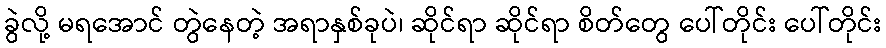
ခွဲလို့ မရအောင် တွဲနေတဲ့ အရာနှစ်ခုပဲ၊ ဆိုင်ရာ ဆိုင်ရာ စိတ်တွေ ပေါ်တိုင်း ပေါ်တိုင်း